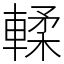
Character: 輮